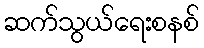
ဆက်သွယ်ရေးစနစ်